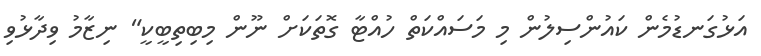
އަޅުގަނޑުމެން ކައުންސިލުން މި މަސައްކަތް ހުއްޓާ ގޮތަކަށް ނޫން މިބިތިބީކީ" ނިޒާމު ވިދާޅުވި